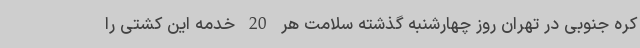
کره جنوبی در تهران روز چهارشنبه گذشته سلامت هر 20 خدمه این کشتی را